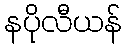
နပိုလီယန်